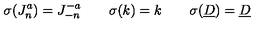
\sigma ( J _ { n } ^ { a } ) = J _ { - n } ^ { - a } \qquad \sigma ( k ) = k \qquad \sigma ( \underline { { D } } ) = \underline { { D } }